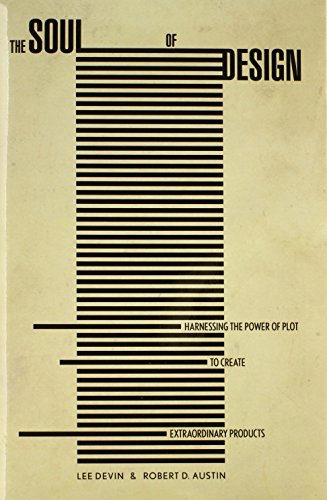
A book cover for The Soul of Design: Harnessing the Power of Plot to Create Extraordinary Products; Robert Austin; Business & Money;